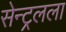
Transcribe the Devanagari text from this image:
सेन्ट्रलला